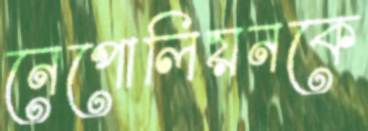
নেপোলিয়নকে